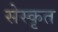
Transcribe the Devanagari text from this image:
सेस्कृत